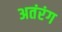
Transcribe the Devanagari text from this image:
अतंरंग